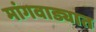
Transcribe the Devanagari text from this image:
मांगवाड्यात